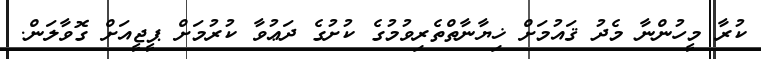
ކުރާ މީހުންނާ މެދު ޤައުމަށް ޚިޔާނާތްތެރިވުމުގެ ކުށުގެ ދަޢުވާ ކުރުމަށް ޕީޖީއަށް ގޮވާލަން.